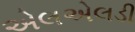
એલએલડી